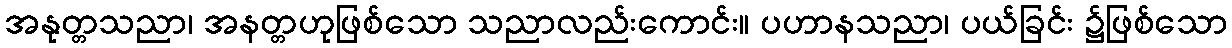
အနုတ္တသညာ၊ အနတ္တဟုဖြစ်သော သညာလည်းကောင်း။ ပဟာနသညာ၊ ပယ်ခြင်း ၌ဖြစ်သော